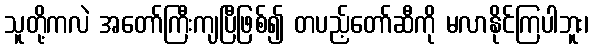
သူတို့ကလဲ အတော်ကြီးကျပြီဖြစ်၍ တပည့်တော်ဆီကို မလာနိုင်ကြပါဘူး၊